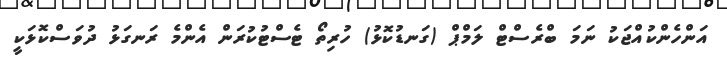
އަންހެންކުއްޖަކު ނަމަ ބްރެސްޓް ލަމްޕް (ގަނޑުކޮޅު) ހުރިތޯ ޓެސްޓުކުރަން އެންމެ ރަނގަޅު ދުވަސްކޮޅަކީ